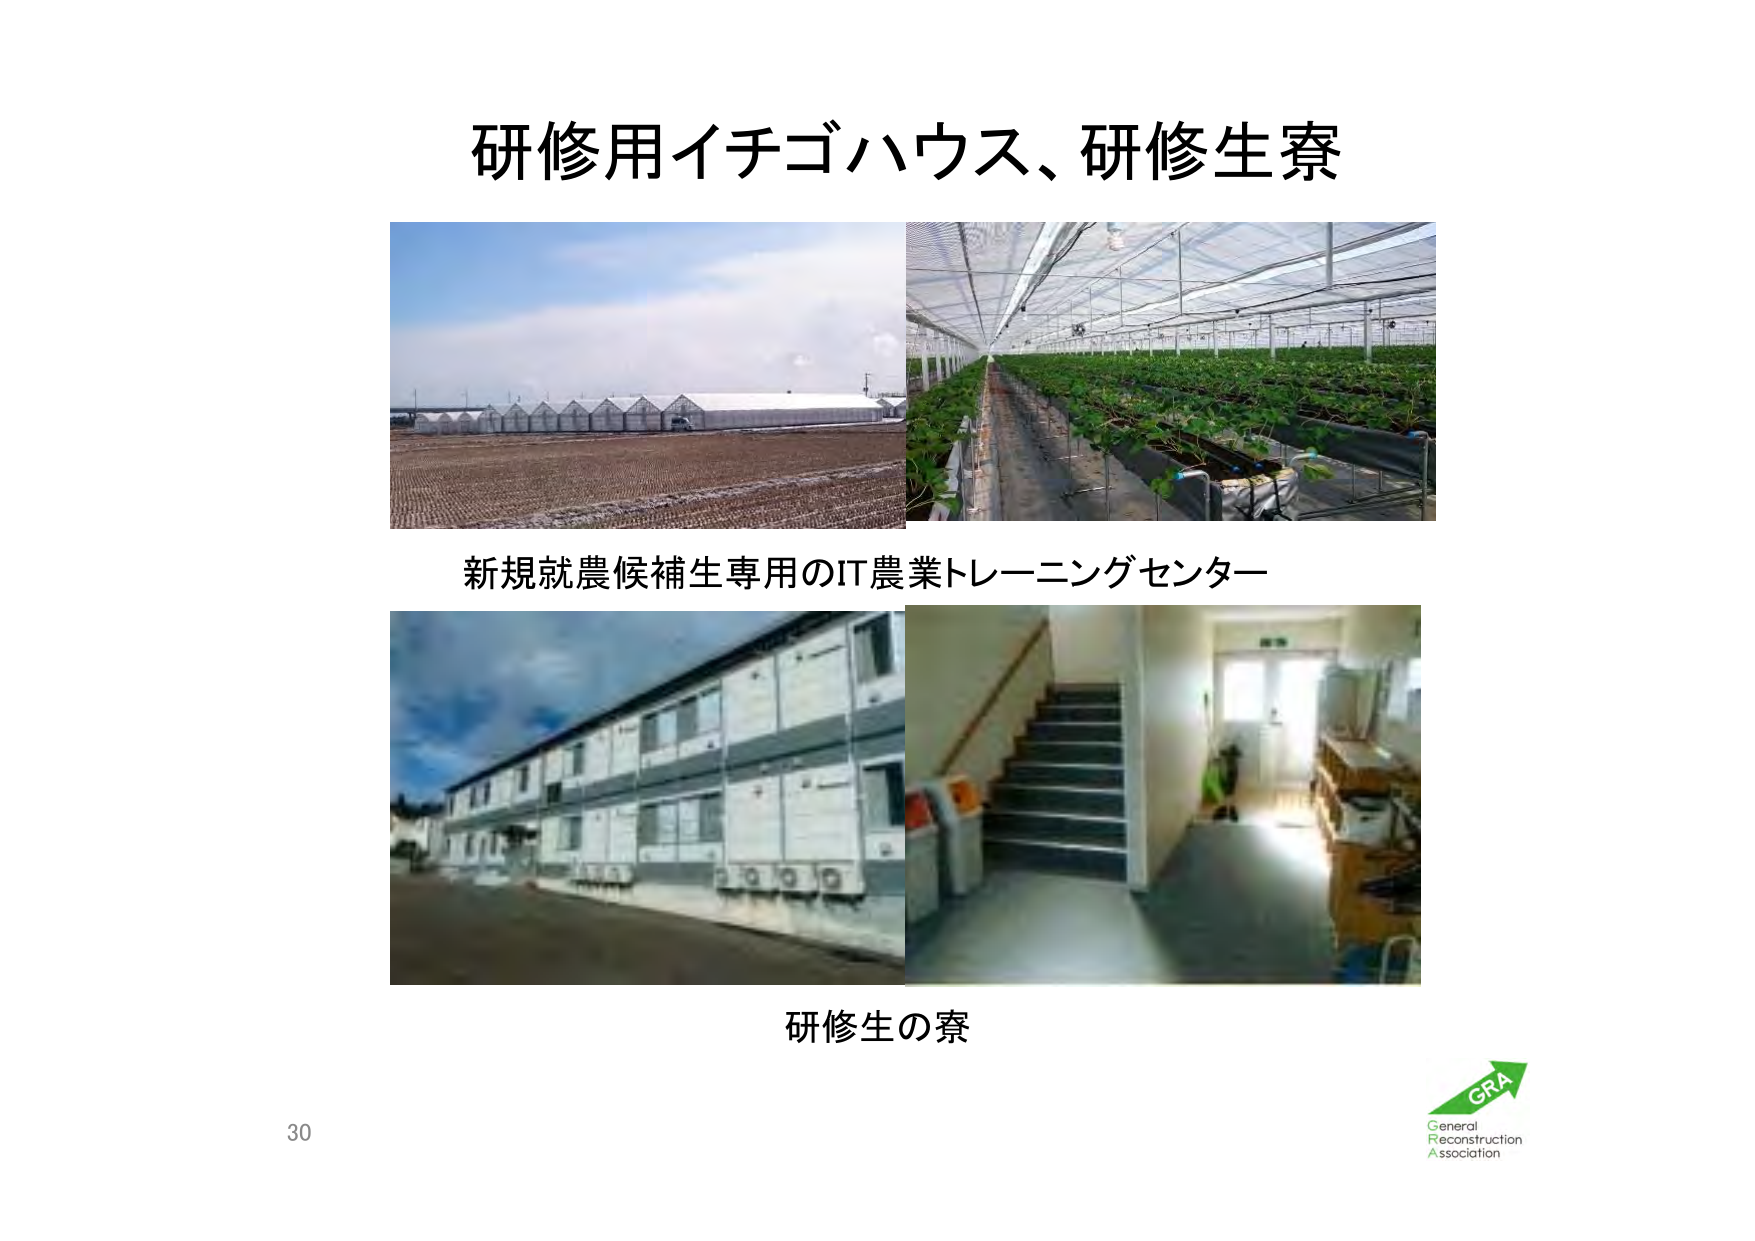
研修用イチゴハウス、研修生寮

新規就農候補生専用のIT農業トレーニングセンター

研修生の寮

30

GRA
General
Reconstruction
Association